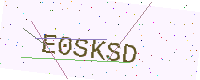
Text: E0SKSD